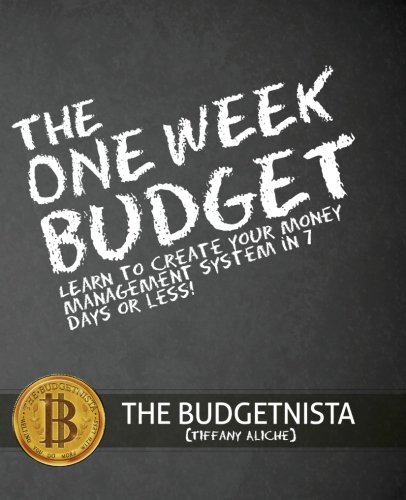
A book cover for The One Week Budget: Learn to Create Your Money Management System in 7 Days or Less!; Tiffany The Budgetnista Aliche; Education & Teaching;